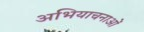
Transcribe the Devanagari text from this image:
अभियाचनाओं